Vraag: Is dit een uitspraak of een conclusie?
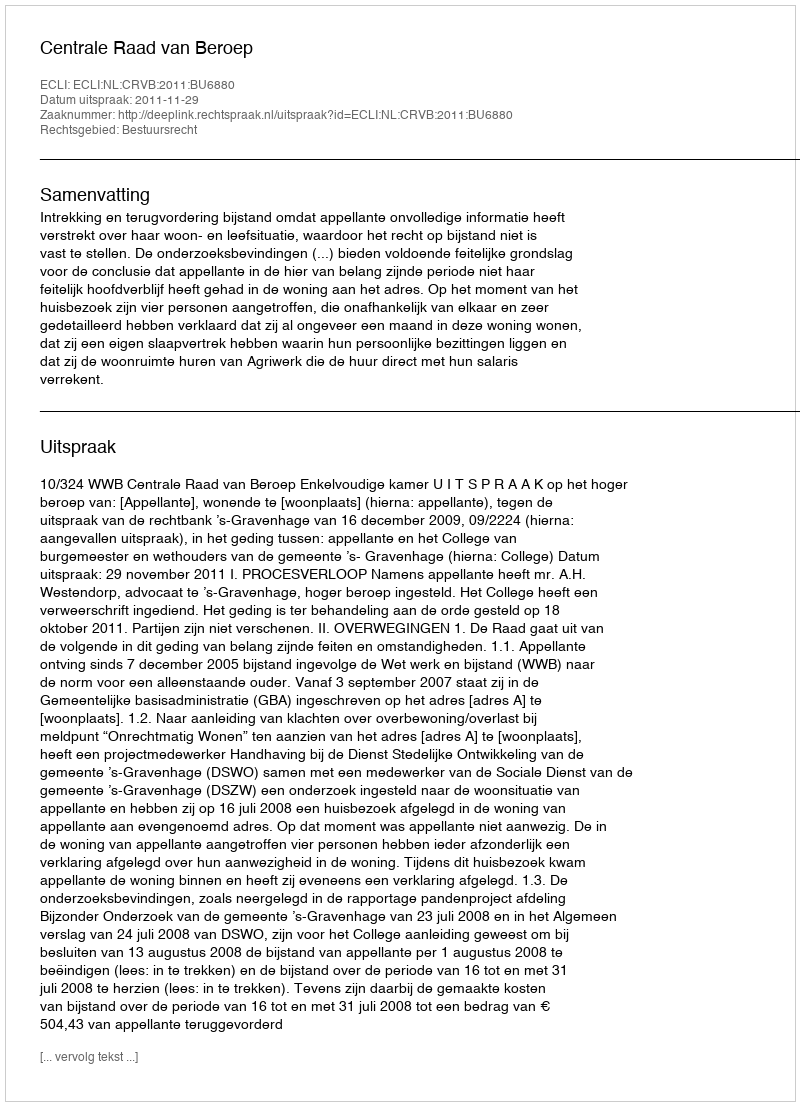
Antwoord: Uitspraak